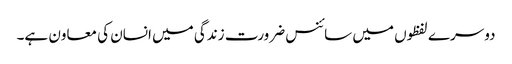
دوسرے لفظوں میں سائنس ضرورت زندگی میں انسان کی معاون ہے۔